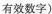
有效数字)